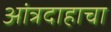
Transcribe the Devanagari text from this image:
आंत्रदाहाचा